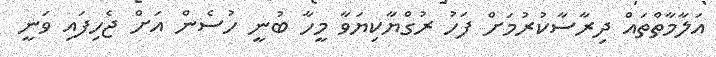
އަލާމާތްތައް ދިރާސާކުރުމަށް ފަހު ރުގްޔާކިޔަވާ މީހާ ބުނީ ހުސެން އަށް ޖެހިފައި ވަނީ